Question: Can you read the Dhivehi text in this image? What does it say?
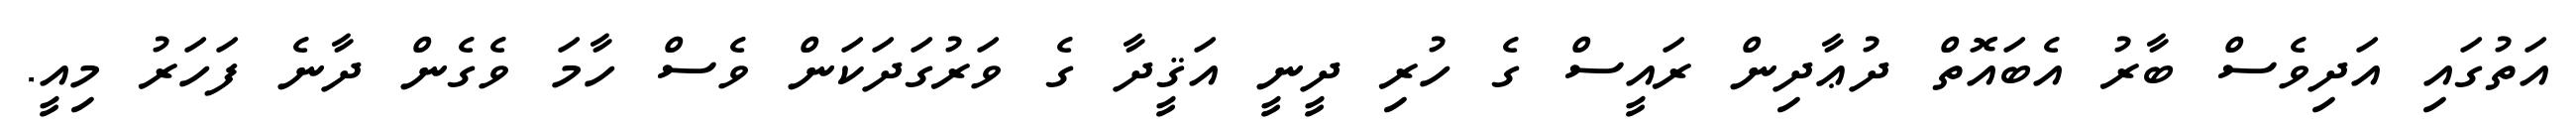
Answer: އަތުގައި އަދިވެސް ބާރު އެބައޮތް ދުޢާދިން ރައީސް ގެ ހުރި ދީނީ އަޤީދާ ގެ ވަރުގަދަކަން ވެސް ހާމަ ވެގެން ދާނެ ފަހަރު މިއީ.